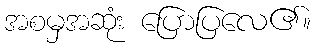
အစမှအဆုံး ပြောပြလေ၏။